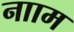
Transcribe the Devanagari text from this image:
नााम